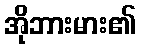
အိုဘားမား၏